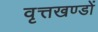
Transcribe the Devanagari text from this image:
वृत्तखण्डों